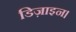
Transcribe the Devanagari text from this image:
डिज़ाइन।